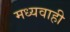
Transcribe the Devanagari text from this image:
मध्यवाही